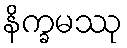
နိက္ခမဿု